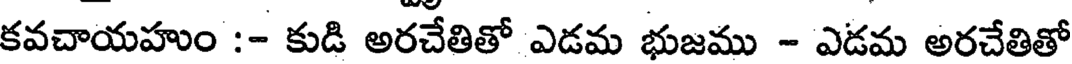
కవచాయహుం :- కుడి అరచేతితో ఎడమ భుజము - ఎడమ అరచేతితో